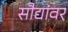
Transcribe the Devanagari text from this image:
सौद्यांवर